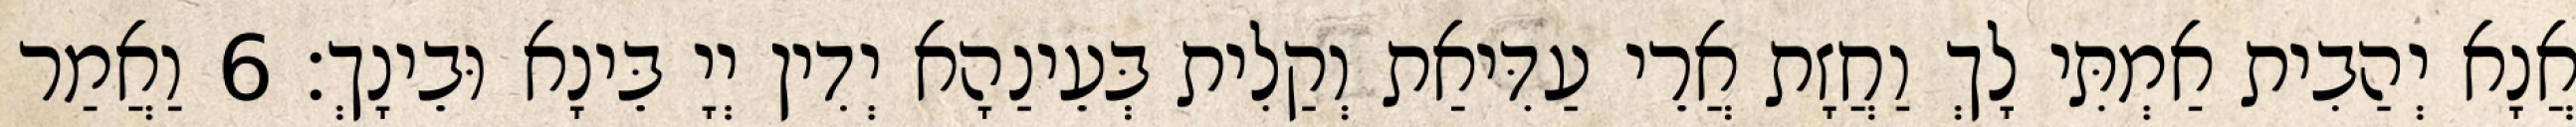
אֲנָא יְהַבִית אַמְתִּי לָךְ וַחֲזָת אֲרֵי עַדִּיאַת וְקַלִית בְּעֵינַהָא יְדִין יְיָ בֵּינָא וּבֵינָךְ׃ 6 וַאֲמַר